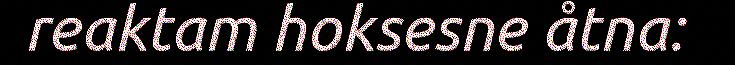
reaktam hoksesne åtna: